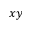
x y